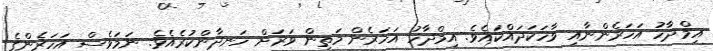
އިމްދާހު އަހަރެންނާއި ވާހަކަދައްކައެވެ. އިމްދާހު އަހަރެން މަތިން ވަރަށް ހަނދާންކުރެއެވެ. ނަމަވެސް އަހަރެންގެ